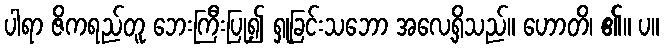
ပါရာ ဇိကရည်တူ ဘေးကြီးပြု၍ ရှုခြင်းသဘော အလေ့ရှိသည်။ ဟောတိ၊ ၏။ ပ။